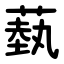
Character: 蓺